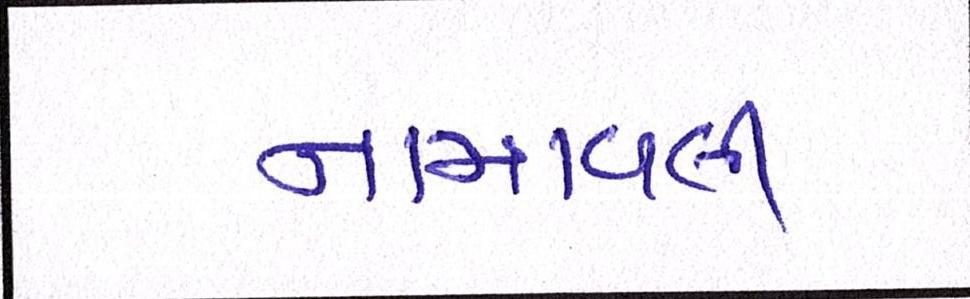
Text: નામાવલી